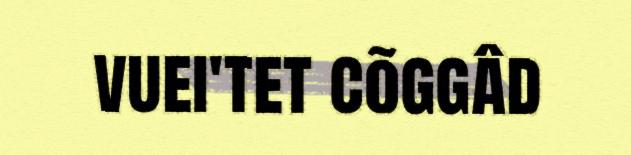
vuei'tet cõggâd